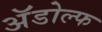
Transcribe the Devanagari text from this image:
अॅडोल्फ